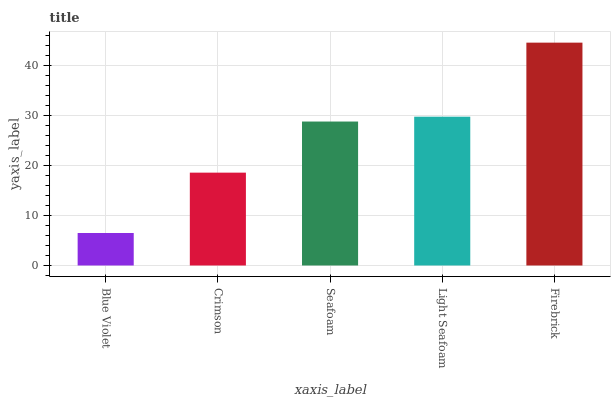
| xaxis_label | bars |
 | --- | --- |
 | Blue Violet | 6.51 |
 | Crimson | 18.6 |
 | Seafoam | 28.8 |
 | Light Seafoam | 29.8 |
 | Firebrick | 44.6 |